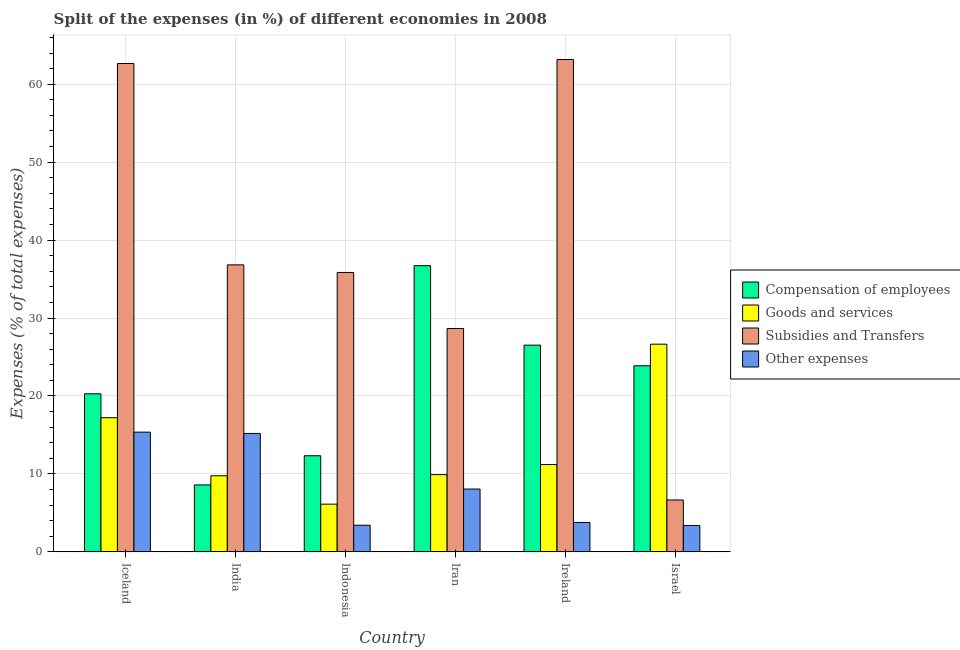
| Country | Compensation of employees | Goods and services | Subsidies and Transfers | Other expenses |
 | --- | --- | --- | --- | --- |
 | Iceland | 20.3 | 17.2 | 62.7 | 15.4 |
 | India | 8.59 | 9.76 | 36.8 | 15.2 |
 | Indonesia | 12.3 | 6.12 | 35.8 | 3.42 |
 | Iran | 36.7 | 9.91 | 28.7 | 8.06 |
 | Ireland | 26.5 | 11.2 | 63.2 | 3.77 |
 | Israel | 23.9 | 26.6 | 6.66 | 3.39 |